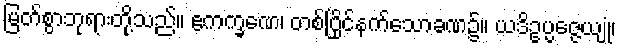
မြတ်စွာဘုရားတို့သည်။ ဧကက္ခဏေ၊ တစ်ပြိုင်နက်သောခဏ၌။ ယဒိဥပ္ပဇ္ဇေယျုံ၊